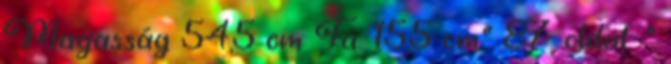
Magasság 54,5 cm Tá. 15,5 cm" 87. oldal: "